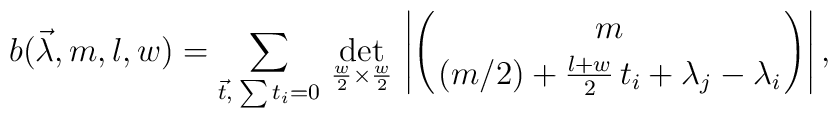
b(\vec\lambda,m,l,w)=\sum_{\vec t,\; \sum t_i=0} \,\det_{\frac{w}{2}\times \frac{w}{2} }\,\left| \Biggl( {m \atop (m/2)+\frac{l+w}{2}\, t_i+\lambda_j-\lambda_i }\Biggr) \right|,